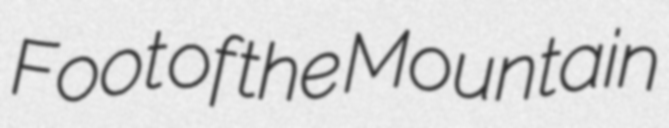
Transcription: Foot of the Mountain